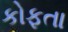
કોફતા